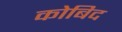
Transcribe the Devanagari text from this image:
कोबिद